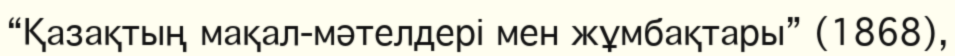
“Қазақтың мақал-мәтелдері мен жұмбақтары” (1868),